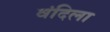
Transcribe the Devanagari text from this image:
वंदिला